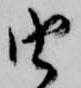
由